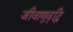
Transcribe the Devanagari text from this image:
जीवाणुवृद्धि